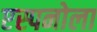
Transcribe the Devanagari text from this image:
एस्पनोला